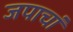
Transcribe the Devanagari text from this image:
जपाचां